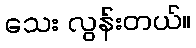
သေး လွန်းတယ်။